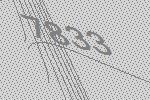
7833